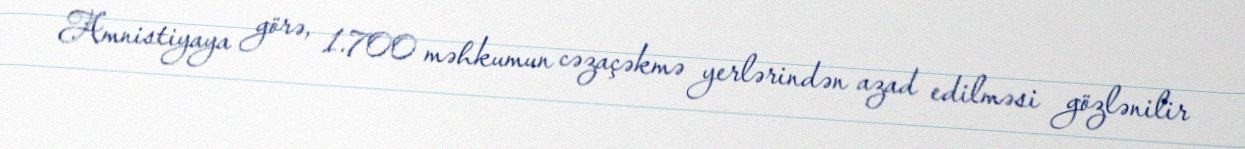
Amnistiyaya görə, 1.700 məhkumun cəzaçəkmə yerlərindən azad edilməsi gözlənilir